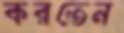
করতেন